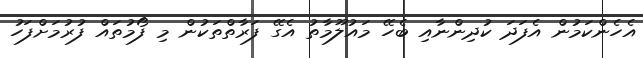
އެހެންކަމުން އެފަދަ ކުދިންނާއި ބެހޭ މައުލޫމާތު އެގޭ ފަރާތްތަކުން މި ފޯމުތައް ފުރުމަށްފަހު